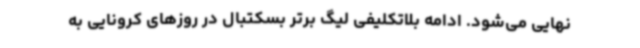
نهایی می‌شود. ادامه بلاتکلیفی لیگ برتر بسکتبال در روزهای کرونایی به